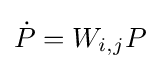
{\dot {P}}=W_{i,j}P